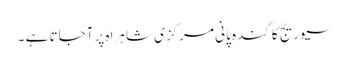
سیوریج کا گندہ پانی مرکزی شاہراہ پر آجاتا ہے ۔